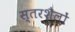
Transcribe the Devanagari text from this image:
स्तरशैलों